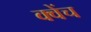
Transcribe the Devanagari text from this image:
क्वेंच